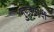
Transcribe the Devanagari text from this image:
गुण्डागर्दी